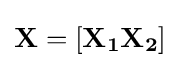
\mathbf {X} =[\mathbf {X_{1}} \mathbf {X_{2}} ]